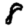
Digit: 8